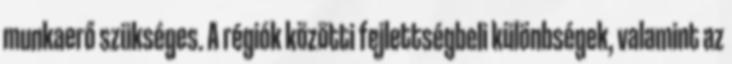
munkaerő szükséges. A régiók közötti fejlettségbeli különbségek, valamint az